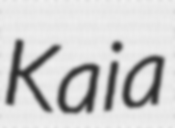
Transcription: Kaia